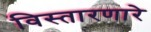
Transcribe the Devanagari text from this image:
विस्तारणारे